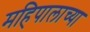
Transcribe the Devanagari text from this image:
महिपालाच्या